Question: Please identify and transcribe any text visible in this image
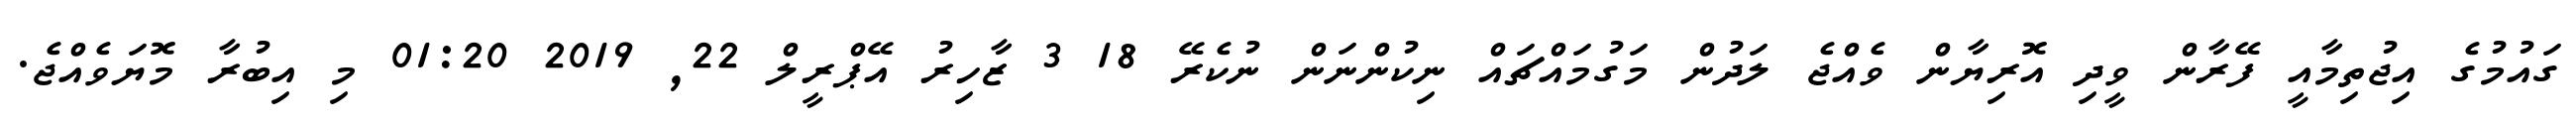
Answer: ގައުމުގެ އިޖުތިމާއީ ފޭރާން ވީދި އޮރިޔާން ވެއްޖެ ލަދުން މަގުމައްޗައް ނިކުންނަން ނުކެރޭ 18 3 ޒާހިރު އޭޕްރީލް 22, 2019 01:20 މި އިބުރާ މޮޔަވެއްޖެ.